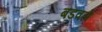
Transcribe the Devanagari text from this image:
बडवले